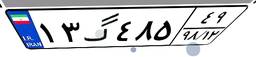
۱۳گ۴۸۵۴۹